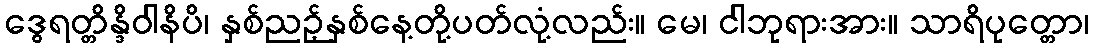
ဒွေရတ္တိန္ဒိဝါနိပိ၊ နှစ်ညဉ့်နှစ်နေ့တို့ပတ်လုံ့လည်း။ မေ၊ ငါဘုရားအား။ သာရိပုတ္တော၊